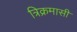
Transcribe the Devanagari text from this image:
त्रिक्रमासी